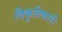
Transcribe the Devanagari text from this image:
विकृतिकारी